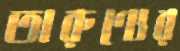
তারুণ্যের